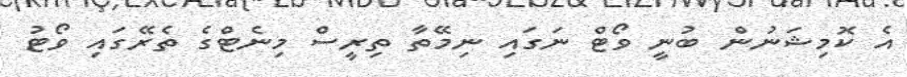
އެ ކޮމިޝަނުން ބުނީ ވޯޓް ނަގައި ނިމޭތާ ތިރީސް މިނެޓްގެ ތެރޭގައި ވޯޓު